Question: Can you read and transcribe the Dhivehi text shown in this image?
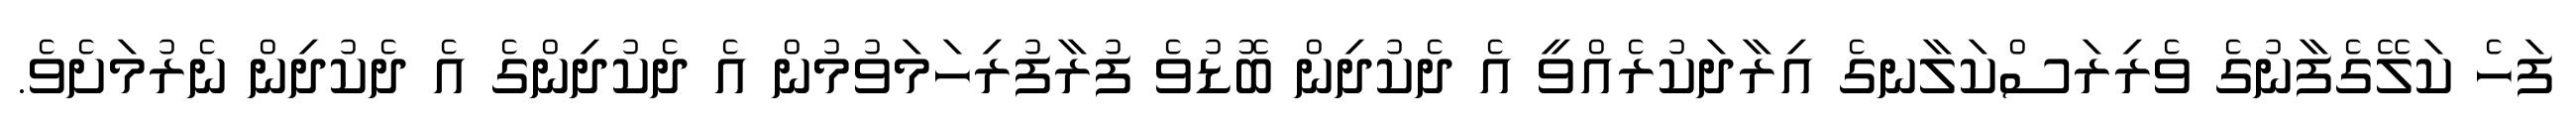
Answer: ފަހެ ކަލޭގެފާނުގެ ވެރިރަސްކަލާނގެ އިރާދަކުރެއްވީ އެ ދެކުދިން ބޮޑުވެ ފުރާފުރިހަމަވުމުން އެ ދެކުދިންގެ އެ ދެކުދިން ނެރުމަށެވެ.